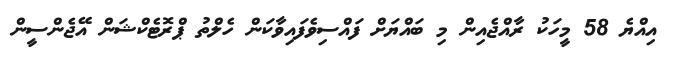
އިއްޔެ 58 މީހަކު ރާއްޖެއިން މި ބައްޔަށް ފައްސިވެފައިވާކަން ހެލްތު ޕްރޮޓެކްޝަން އޭޖެންސީން